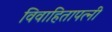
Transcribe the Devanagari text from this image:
विवाहितापत्नी